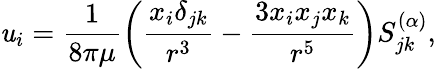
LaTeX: \mathit{u}_{i}=\frac{{1}}{{8\pi\mu}}\left(\frac{{x_{i}\delta_{jk}}}{{r^{3}}}-\frac{{3x_{i}x_{j}x_{k}}}{{r^{5}}}\right)S_{jk}^{(\alpha)},